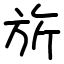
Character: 旂